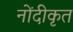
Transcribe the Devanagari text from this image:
नोंदीकृत